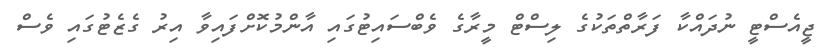
ޖީއެސްޓީ ނުދައްކާ ފަރާތްތަކުގެ ލިސްޓް މީރާގެ ވެބްސައިޓުގައި އާންމުކޮށްފައިވާ އިރު ގެޒެޓުގައި ވެސް